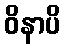
ဝိနာပိ